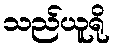
သည်ယူရို